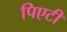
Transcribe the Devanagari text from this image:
पिएटी